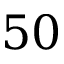
5 0